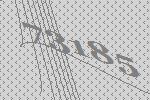
73185